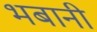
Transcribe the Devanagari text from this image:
भबानी